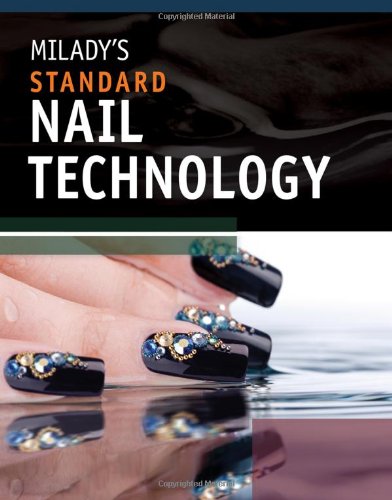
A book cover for Milady's Standard Nail Technology; Milady; Arts & Photography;